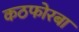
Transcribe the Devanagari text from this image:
कठफोरबा